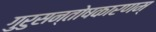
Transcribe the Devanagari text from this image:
गुरुसन्तोषकारणम्